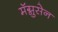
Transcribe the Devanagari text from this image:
मॅग्नुसेन